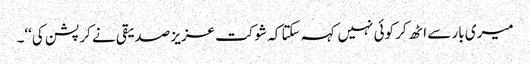
میری بار سے اٹھ کر کوئی نہیں کہہ سکتا کہ شوکت عزیز صدیقی نے کرپشن کی‘‘۔